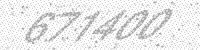
Solution: 671400